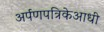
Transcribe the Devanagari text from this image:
अर्पणपत्रिकेआधी